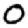
Digit: 0